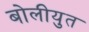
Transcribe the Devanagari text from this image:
बोलीयुत